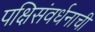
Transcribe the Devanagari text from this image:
पक्षिसंवर्धनाची